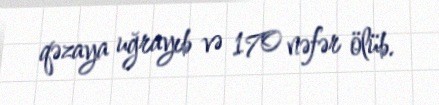
qəzaya uğrayıb və 170 nəfər ölüb.